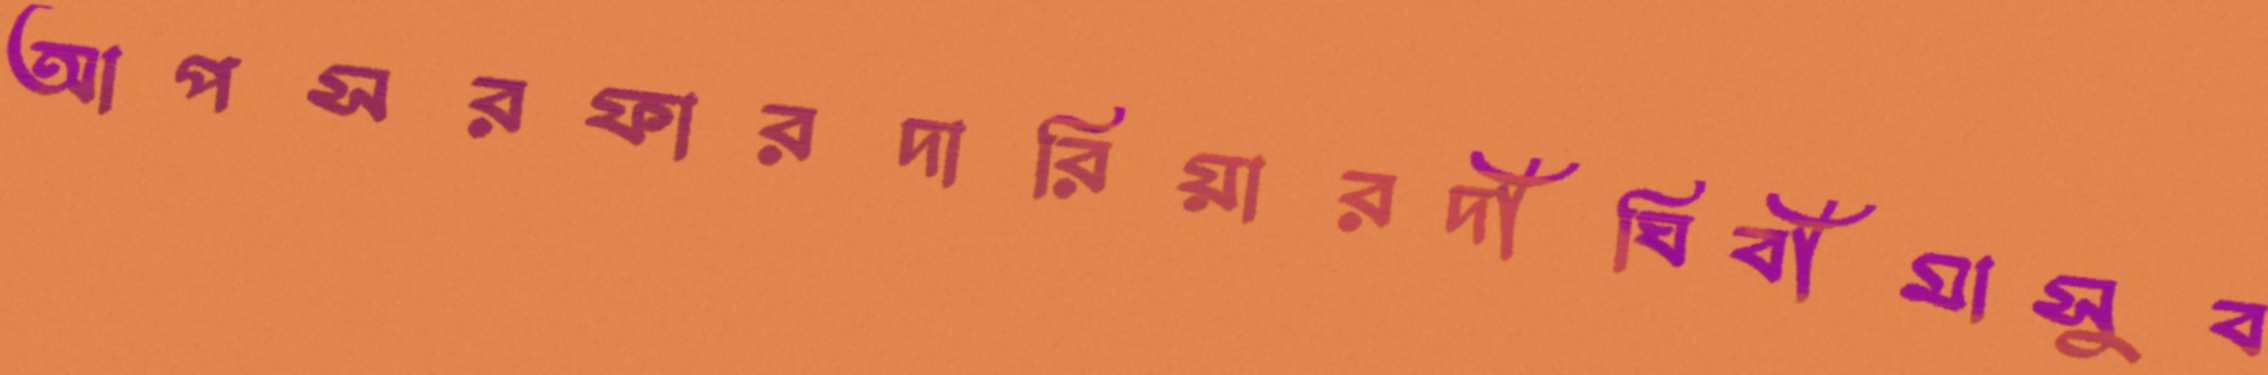
আপসরফারদারিয়ারদীঘিবীমাসুব